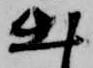
出